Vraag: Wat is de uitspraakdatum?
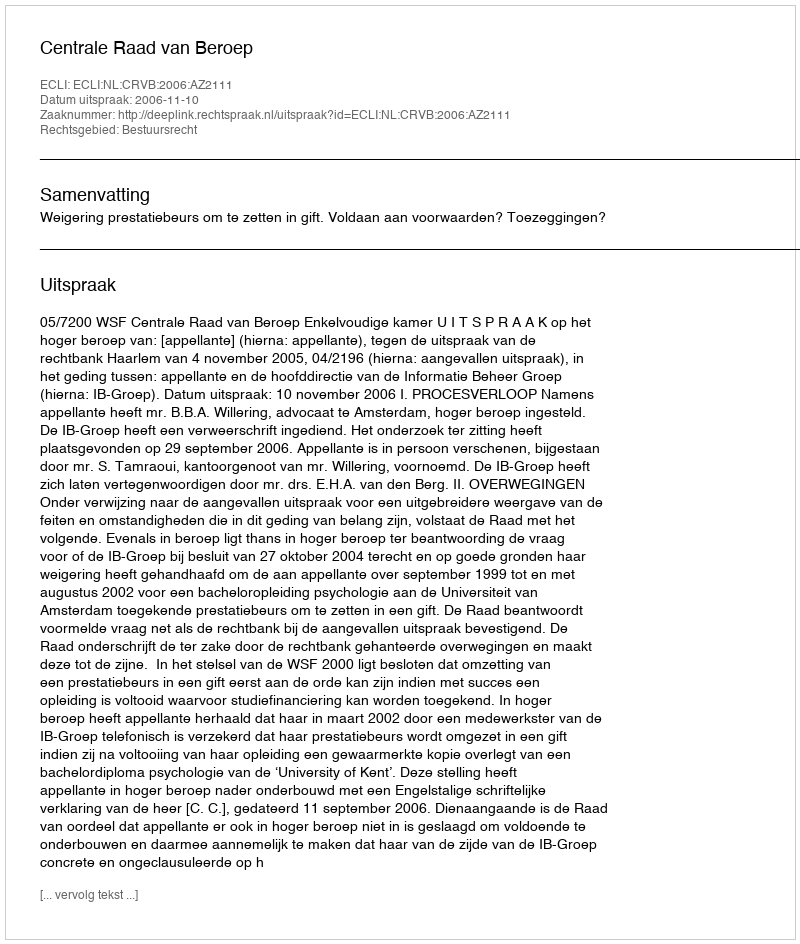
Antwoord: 2006-11-10